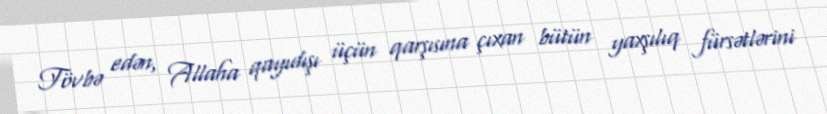
Tövbə edən, Allaha qayıdışı üçün qarşısına çıxan bütün yaxşılıq fürsətlərini